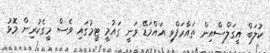
ކުލަބް އީގަލްސްއިން ތައާރަފްވި އައްމަޑޭ ވަނީ ގައުމީ ޓީމުގައި ވެސް މީގެކުރިން މޮޅު